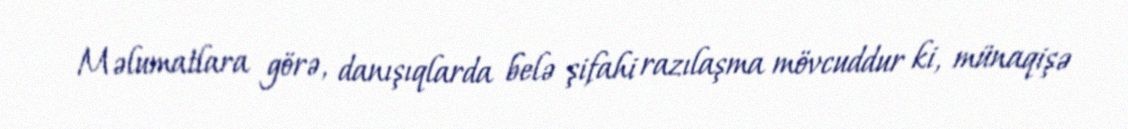
Məlumatlara görə, danışıqlarda belə şifahi razılaşma mövcuddur ki, münaqişə